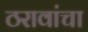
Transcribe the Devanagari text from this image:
ठरावांचा